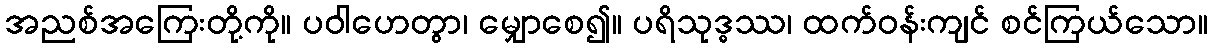
အညစ်အကြေးတို့ကို။ ပဝါဟေတွာ၊ မျှောစေ၍။ ပရိသုဒ္ဓဿ၊ ထက်ဝန်းကျင် စင်ကြယ်သော။